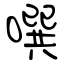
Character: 噀